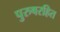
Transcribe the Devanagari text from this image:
पुरुषरहित